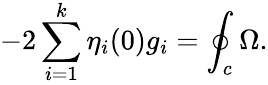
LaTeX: -2\sum_{i=1}^{k}\eta_{i}(0)g_{i}=\oint_{c}\Omega.